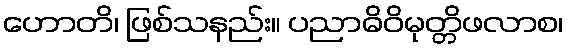
ဟောတိ၊ ဖြစ်သနည်း။ ပညာဓိဝိမုတ္တိဖလာစ၊